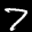
Label: 7